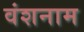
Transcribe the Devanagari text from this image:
वंशनाम